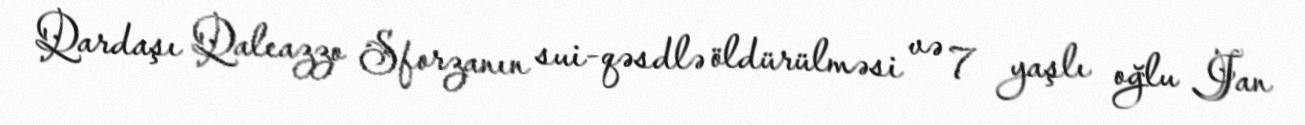
Qardaşı Qaleazzo Sforzanın sui-qəsdlə öldürülməsi və 7 yaşlı oğlu Jan